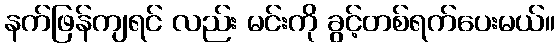
နက်ဖြန်ကျရင် လည်း မင်းကို ခွင့်တစ်ရက်ပေးမယ်။